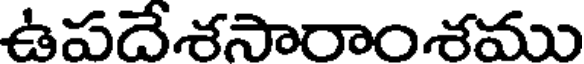
ఉపదేశసారాంశము